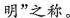
明”之称。